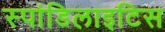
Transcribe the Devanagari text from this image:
स्पांडिलाइटिस